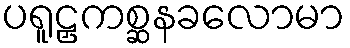
ပရူဠှကစ္ဆနခလောမာ